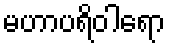
မဟာပရိဝါရော